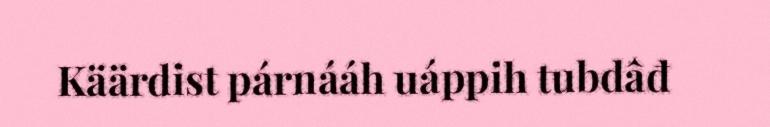
Käärdist párnááh uáppih tubdâđ